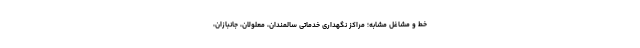
خط و مشاغل مشابه؛ مراکز نگهداری خدماتی سالمندان، معلولان، جانبازان،